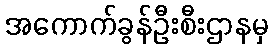
အကောက်ခွန်ဦးစီးဌာနမှ